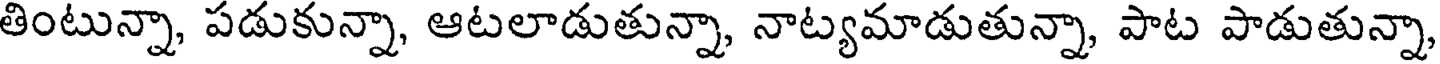
తింటున్నా, పడుకున్నా, ఆటలాడుతున్నా, నాట్యమాడుతున్నా, పాట పాడుతున్నా